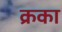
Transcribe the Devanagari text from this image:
क्रका